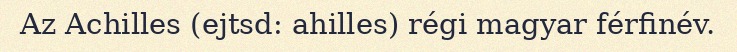
Az Achilles (ejtsd: ahilles) régi magyar férfinév.